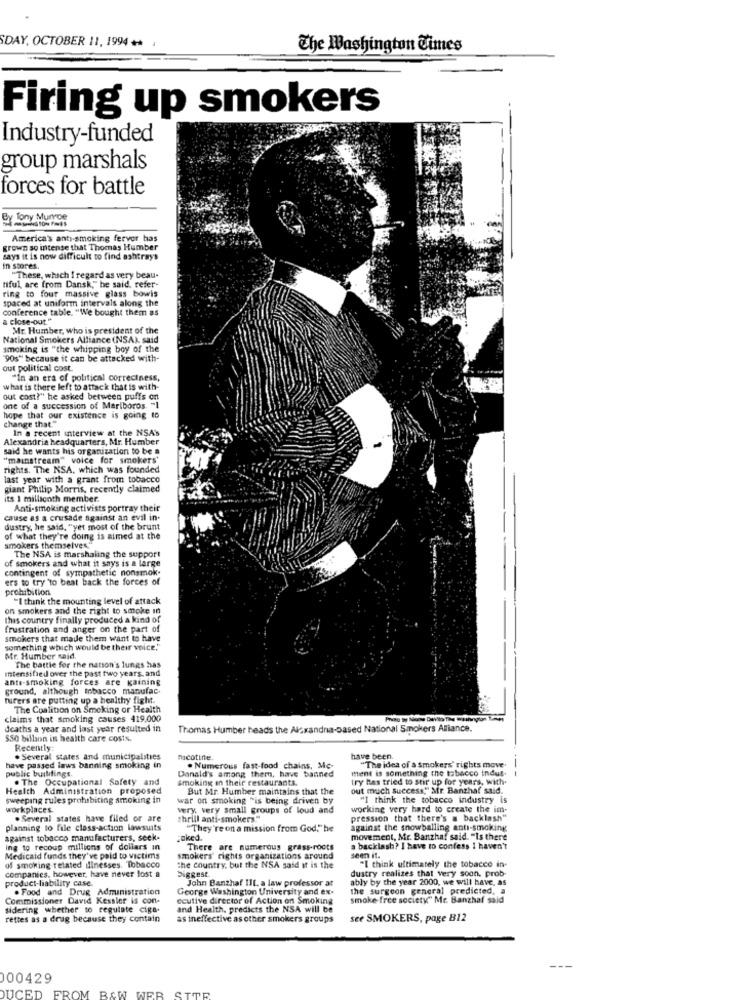
SDAY, OCTOBER 11, 1994 ++
The Washington Times
Firing up smokers
Industry-funded
group marshals
forces for battle
By Tony Munroe
America's anty-smoking ferver has
grown so intense that Thomas Humber
says it is now difficult to find ashtrays
in stores.
"These, which I regard as very beau-
tiful, are from Dansk," he said, refer-
ring to four massive glass bowls
spaced at uniform intervals along the
conference table. "We bought them as
a close-out"
Mr. Humber, who is president of the
National Smokers Alliance (NSA). said
smoking is "the whipping boy of the
"90s" because it can be attacked with-
out political cost.
"In an era of political correctness,
what is there left to attack that is with-
out cost?" he asked between puffs on
one of a succession of Mariboros. "1
hope that our existence is going to
change that."
In a recent interview at the NSA's
Alexandria headquarters, Mr. Humber
said he wants his organization to be a
"mainstream" voice for smokers'
rights. The NSA, which was founded
last year with a grant from tobacco
giant Philip Morris, recently claimed
its 1 millionth member.
Anti-smoking activists portray their
cause as a crusade against an evil in.
dustry, he said, "yet most of the brunt
of what they're doing is aimed at the
smokers themselves"
of smokers and what it says is a large
The NSA is marshaling the support
contingent of sympathetic nonsmok.
ers to try to beat back the forces of
prohibition
"I think the mounting level of attack
on smokers and the right to smoke in
this country finally produced a kind of
frustration and anger on the part of
smokers that made them want to have
something which would be their voice,"
Mr. Humber said.
Intensified over the past two years, and
The battle for the nation's lungs has
ante-smoking forces are gaining
ground, although tobacco manufac
turers are putting up a healthy fight.
The Coalition on Smoking or Health
claims that smoking causes 419,000
deaths a year and last year resulted in
Thomas Humber heads the Alexandna-based National Smokers Alliance.
$50 billion in health care costs.
Recently:
. Several states and municipalities
mcotine
have been.
have passed laws banning smoking in
public buildings.
Donald's among them, have banned
. Numerous fast-food chains, Me-
ment is something the tobacco indul.
"The idea of a smokers' rights move
. The Occupational Safety and
Smoking on their restaurants.
try has tried to stir up for years, with.
Health Administration proposed
But Mr. Humber maintains that the
out much success"" Mr. Banzhaf said.
sweeping rules prohibiting smoking in
war on smoking "is being driven by
"I think the tobacco industry is
workplaces.
very, very small groups of loud and
working very hard to create the im-
. Several states have filed or are
shrill anti-smokers.""
pression that there's a backlash"
planning to file class-action lawsuits
"They're on a mission from God," he
against the snowballing anti-smoking
against tobacco manufacturers, seek-
joked
movement, Mr. Banzhaf said. "Is there
ing to recoup millions of dollars in
There are numerous grass-rodts
a backlash? I have to confess I haven't
Medicaid funds they've paid to victims
smokers' rights organizations around
seen it.
of smoking related Illnesses. Tobacco
companies, however, have never lost a
the country, but the NSA said it is the
biggest
dustry realizes that very soon. prob-
"I think ultimately the tobacco in-
product-liability case.
John Banzhaf IIt. a law professor at
ably by the year 2000, we will have, as
. Food and Drug Administration
George Washington University and ex-
the surgeon general predicted, a
Commissioner David Kessler is con-
ecutive director of Action on Smoking
smoke free society" Mr. Banzhaf said
sidering whether to regulate ciga-
and Health, predicts the NSA will be
rettes as a drug because they contain
as ineffective as other smokers groups
see SMOKERS, page B12
000429
DUCED
FROM BAW